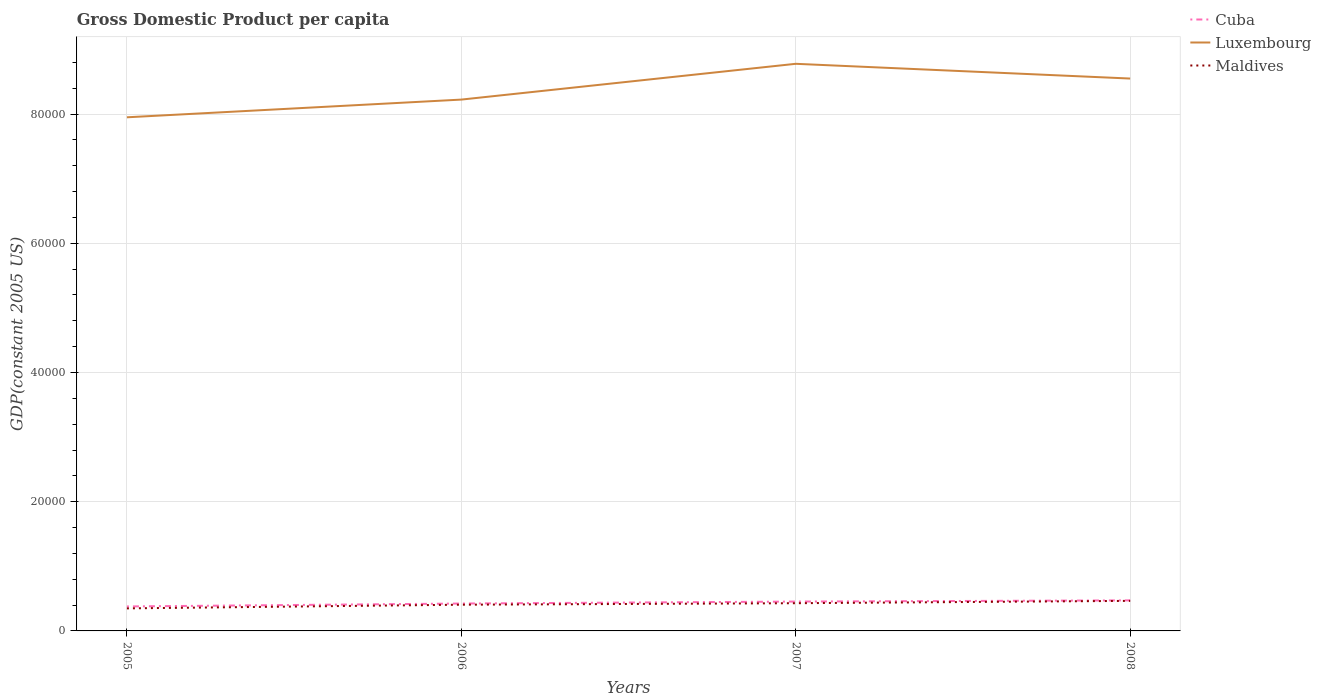
| Years | Cuba | Luxembourg | Maldives |
 | --- | --- | --- | --- |
 | 2005 | 3.79e+03 | 7.95e+04 | 3.49e+03 |
 | 2006 | 4.24e+03 | 8.22e+04 | 4.06e+03 |
 | 2007 | 4.54e+03 | 8.78e+04 | 4.29e+03 |
 | 2008 | 4.73e+03 | 8.55e+04 | 4.65e+03 |